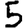
Digit: 5